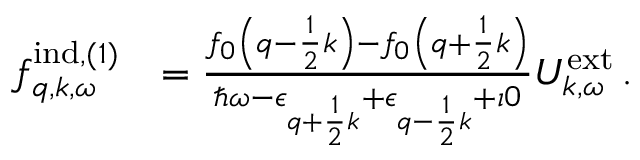
\begin{array} { r l } { f _ { \boldsymbol { q } , \boldsymbol { k } , \omega } ^ { \mathrm { i n d } , ( 1 ) } } & { = \frac { f _ { 0 } \left( \boldsymbol { q } - \frac { 1 } { 2 } \boldsymbol { k } \right) - f _ { 0 } \left( \boldsymbol { q } + \frac { 1 } { 2 } \boldsymbol { k } \right) } { \hbar \omega - \epsilon _ { \boldsymbol { q } + \frac { 1 } { 2 } \boldsymbol { k } } + \epsilon _ { \boldsymbol { q } - \frac { 1 } { 2 } \boldsymbol { k } } + \imath 0 } { U } _ { \boldsymbol { k } , \omega } ^ { \mathrm { e x t } } \, . } \end{array}